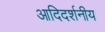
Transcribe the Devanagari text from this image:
आदिदर्शनीय